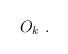
LaTeX: \begin{align*}O_k \ .\end{align*}